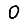
Digit: 0